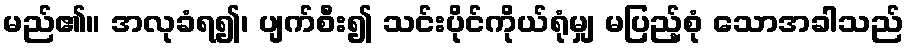
မည်၏။ အလုခံရ၍၊ ပျက်စီး၍ သင်းပိုင်ကိုယ်ရုံမျှ မပြည့်စုံ သောအခါသည်